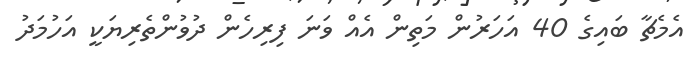
އެމެޗާ ބައިގެ 40 އަހަރުން މަތިން އެއް ވަނަ ފިރިހެން ދުވުންތެރިޔަކީ އަހުމަދު